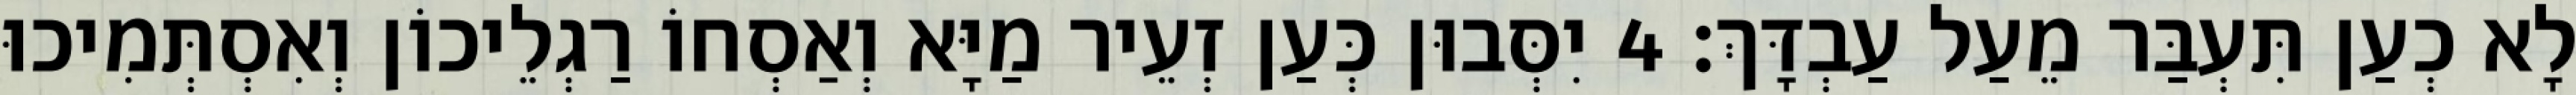
לָא כְעַן תִּעְבַּר מֵעַל עַבְדָּךְ׃ 4 יִסְּבוּן כְּעַן זְעֵיר מַיָּא וְאַסְחוֹ רַגְלֵיכוֹן וְאִסְתְּמִיכוּ